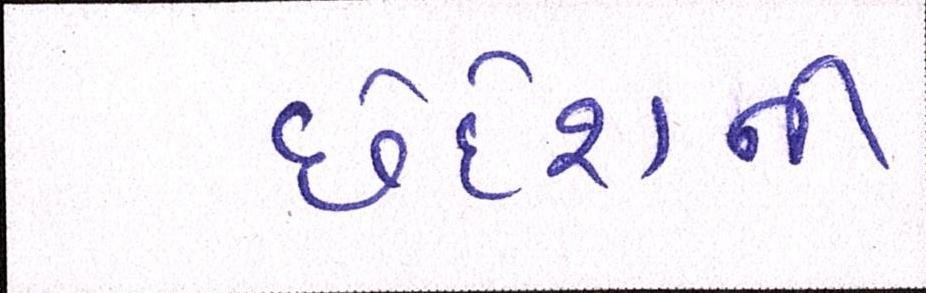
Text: છેદેશની